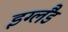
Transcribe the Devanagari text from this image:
इग्‍लैंड